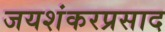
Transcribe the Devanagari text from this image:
जयशंकरप्रसाद